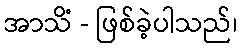
အာသိံ - ဖြစ်ခဲ့ပါသည်၊